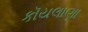
કૉયલાણા